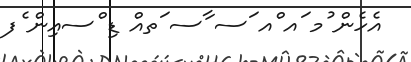
އެހެން ުމ ައ ްއ ަސ ާސ ަތއް ޑި ްސއިން ެފ